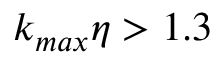
k _ { m a x } \eta > 1 . 3